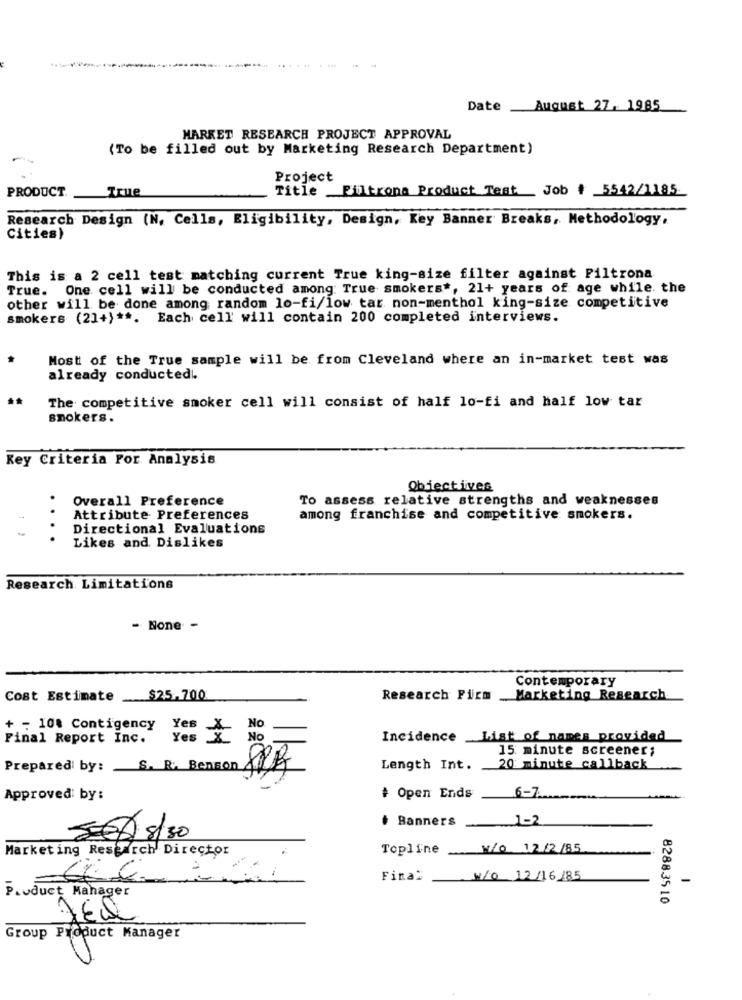
Date
August 27, 1985
MARKET RESEARCH PROJECT APPROVAL
(To be filled out by Marketing Research Department)
Project
PRODUCT
True
Title Filtrona Product Test Job + 5542/1185
Research Design (N, Cells, Eligibility, Design, Key Banner Breaks, Methodology,
Cities)
This is a 2 cell test matching current True king-size filter against Piltrona
True. One cell will be conducted among: True smokers *, 21+ years of age while. the
other will be done among random lo-fi/low tar non-menthol king-size competitive
smokers (21+) **. Each cell' will contain 200 completed interviews.
Most of the True sample will be from Cleveland where an in-market test was
already conducted !.
The competitive smoker cell will consist of half lo-fi and half low tar
smokers.
Key Criteria For Analysis
Objectives
Overall Preference
To assess relative strengths and weaknesses
Attribute Preferences
among franchise and competitive smokers.
Directional Evaluations
Likes and Dislikes
Research Limitations
- None -
Contemporary
Cost Estimate
$25, 700
Research Firm
Marketing Research
+ - 10. Contigency
No
Final Report Inc.
Yes
Yes
No
Incidence _List of names provided
15 minute screener;
Prepared by: S. R. Benson
Length Int.
20 minute callback
Approved by:
+ Open Ends
.6-7
.. 1-2
Banners
5-608/30
Marketing Research Director
Topline N/o 12/2/85
Final
w/O 12/16/85
-
Product Manager
82883510
JELL
3
Group Product Manager